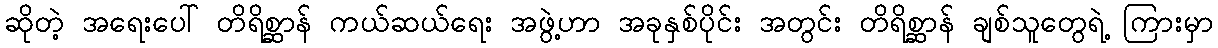
ဆိုတဲ့ အရေးပေါ် တိရိစ္ဆာန် ကယ်ဆယ်ရေး အဖွဲ့ဟာ အခုနှစ်ပိုင်း အတွင်း တိရိစ္ဆာန် ချစ်သူတွေရဲ့ ကြားမှာ